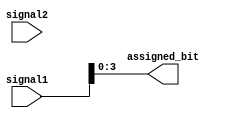
module bit_select_assign(
    input [7:0] signal1,
    input [3:0] signal2,
    output reg [3:0] assigned_bit
);

always @* begin
    assigned_bit = signal1[3:0]; // Assigning bits [3:0] from signal1 to assigned_bit
end

endmodule